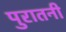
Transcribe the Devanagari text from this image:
पुरातनी